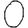
Digit: 0